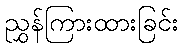
ညွှန်ကြားထားခြင်း